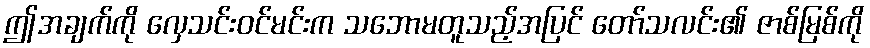
ဤအချက်ကို လှေသင်းဝင်မင်းက သဘောမတူသည့်အပြင် တော်သလင်း၏ ဇာစ်မြစ်ကို